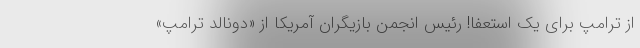
از ترامپ برای یک استعفا! رئیس انجمن بازیگران آمریکا از «دونالد ترامپ»